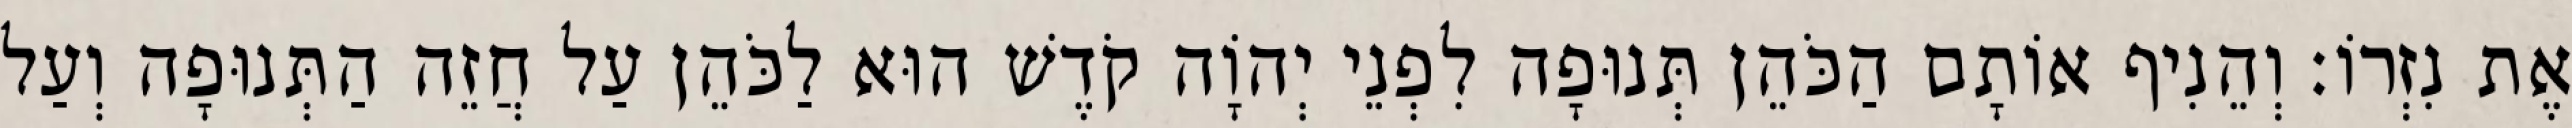
אֶת נִזְרוֹ׃ וְהֵנִיף אוֹתָם הַכֹּהֵן תְּנוּפָה לִפְנֵי יְהוָֹה קֹדֶשׁ הוּא לַכֹּהֵן עַל חֲזֵה הַתְּנוּפָה וְעַל